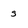
Character: s